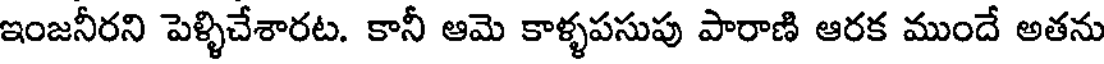
ఇంజనీరని పెళ్ళిచేశారట. కానీ ఆమె కాళ్ళపసుపు పారాణి ఆరక ముందే అతను